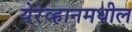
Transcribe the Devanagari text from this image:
येरेव्हानमधील